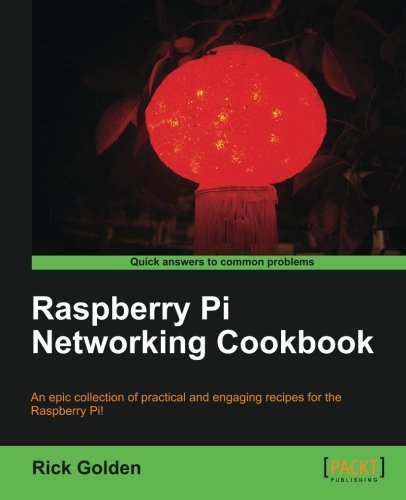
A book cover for Raspberry Pi Networking Cookbook; Rick Golden; Computers & Technology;